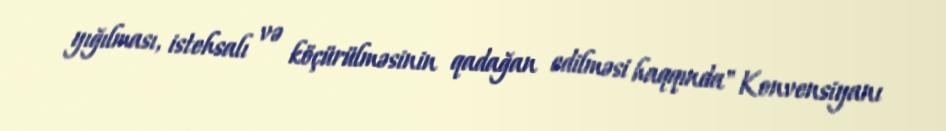
yığılması, istehsalı və köçürülməsinin qadağan edilməsi haqqında" Konvensiyanı